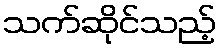
သက်ဆိုင်သည့်